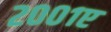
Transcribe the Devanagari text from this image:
२००१ए